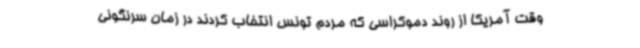
وقت آمریکا از روند دموکراسی که مردم تونس انتخاب کردند در زمان سرنگونی